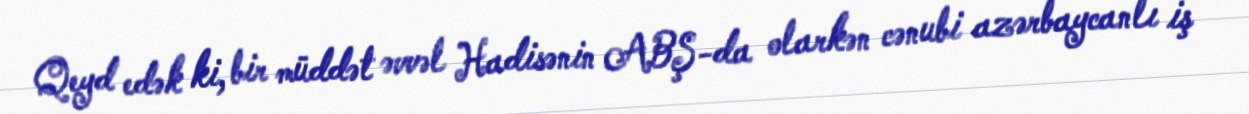
Qeyd edək ki, bir müddət əvvəl Hadisənin ABŞ-da olarkən cənubi azərbaycanlı iş